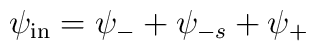
\psi_{\rm in}=\psi_{-}+\psi_{-s}+\psi_{+}